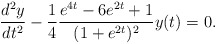
\begin{align*}\frac{d^2y}{d t^2}-\frac{1}{4}\frac{e^{4t}-6e^{2t}+1}{(1+e^{2t})^2}y(t)=0.\end{align*}